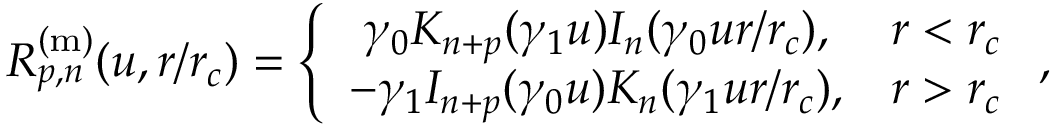
R _ { p , n } ^ { \mathrm { ( m ) } } ( u , r / r _ { c } ) = \left\{ \begin{array} { c c } { \gamma _ { 0 } K _ { n + p } ( \gamma _ { 1 } u ) I _ { n } ( \gamma _ { 0 } u r / r _ { c } ) , } & { r < r _ { c } } \\ { - \gamma _ { 1 } I _ { n + p } ( \gamma _ { 0 } u ) K _ { n } ( \gamma _ { 1 } u r / r _ { c } ) , } & { r > r _ { c } } \end{array} \right. ,